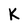
Character: K